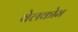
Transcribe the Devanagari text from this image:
वेलकोम